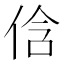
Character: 𠉐